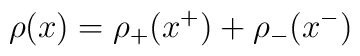
\rho (x)=\rho _{+}(x^{+})+\rho _{-}(x^{-})